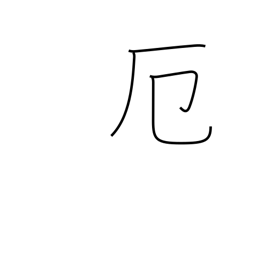
Meaning: misfortune